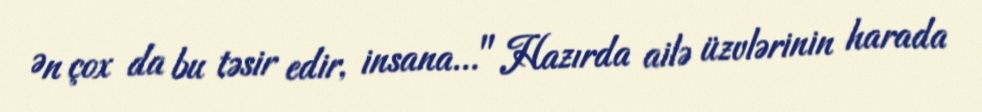
Ən çox da bu təsir edir, insana..." Hazırda ailə üzvlərinin harada